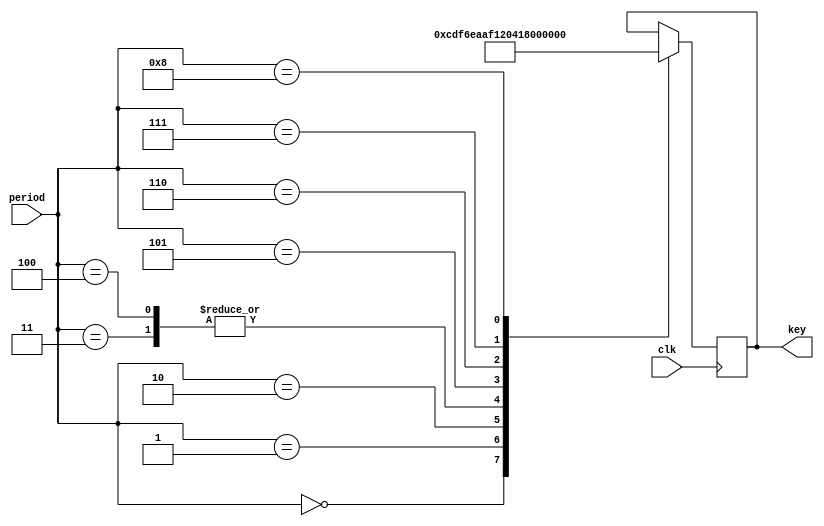
module odo_get_round_key8(clk, period, key);
    input clk;
    input [3:0] period;
    output [9:0] key;
    reg [9:0] key;
    always @(posedge clk) begin
    case (period)
        4'h0: key <= 10'h337;
        4'h1: key <= 10'h36e;
        4'h2: key <= 10'h2ab;
        4'h3: key <= 10'h312;
        4'h4: key <= 10'h312;
        4'h5: key <= 10'h010;
        4'h6: key <= 10'h150;
        4'h7: key <= 10'h0a7;
        4'h8: key <= 10'h0c0;
    endcase
    end
endmodule